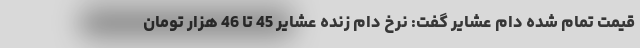
قیمت تمام شده دام عشایر گفت: نرخ دام زنده عشایر 45 تا 46 هزار تومان